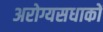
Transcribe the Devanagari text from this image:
अरोग्यसधाकों